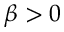
\beta > 0